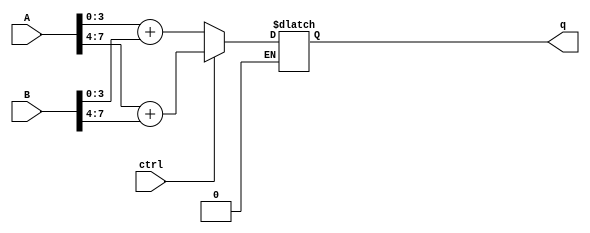
`timescale 1ns / 1ps
//////////////////////////////////////////////////////////////////////////////////
// Company: SUTD
// 
// Design Name: DSL q4
// Module Name: nibbleadd
// Project Name: DSL HW nibbleadd
// Target Devices: 
// Tool Versions: 
// Description: 
// 
// Dependencies: 
// 
// Revision:
// Revision 0.01 - File Created
// Additional Comments:
// 
//////////////////////////////////////////////////////////////////////////////////

//!DO NOT MODIFY MODULE NAME AND PORT NAME!
module nibbleadd(
    input [7:0]A,
    input [7:0]B,
    input ctrl,
    output reg [4:0]q
);
    

//YOUR CODE HERE
    always@(A or B or ctrl) begin
    if (ctrl == 1'b0) begin //When ctrl = 0
        q = (A[3:0] + B[3:0]); //q = lowest 4 bits of A + B
    end
        
    if (ctrl == 1'b1) begin //When ctrl = 1
        q = (A[7:4] + B[7:4]); //q = Highest 4 bits of A + B
    end
end

endmodule